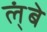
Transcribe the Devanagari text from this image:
ल्ंबे